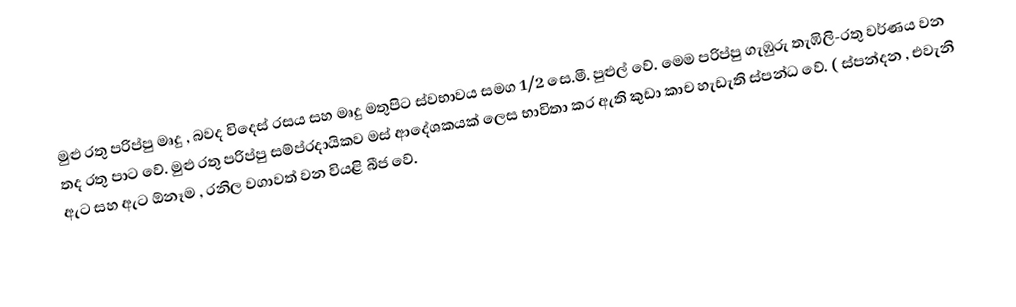
මුළු රතු පරිප්පු මෘදු , බවද විදෙස් රසය සහ මෘදු මතුපිට ස්වභාවය සමග 1/2 සෙ.මී. පුළුල් වේ. මෙම පරිප්පු ගැඹුරු තැඹිලි-රතු වර්ණය වන තද රතු පාට වේ. මුළු රතු පරිප්පු සම්ප්රදායිකව මස් ආදේශකයක් ලෙස භාවිතා කර ඇති කුඩා කාච හැඩැති ස්පන්ධ වේ. ( ස්පන්දන , එවැනි ඇට සහ ඇට ඕනෑම , රනිල වගාවත් වන වියළි බීජ වේ.